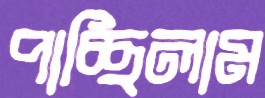
পাচ্ছিলাম